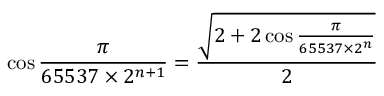
\cos { \frac { \pi } { 6 5 5 3 7 \times 2 ^ { n + 1 } } } = { \frac { \sqrt { 2 + 2 \cos { \frac { \pi } { 6 5 5 3 7 \times 2 ^ { n } } } } } { 2 } }